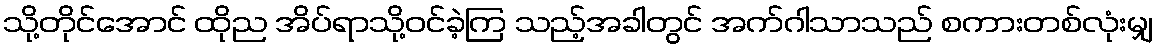
သို့တိုင်အောင် ထိုည အိပ်ရာသို့ဝင်ခဲ့ကြ သည့်အခါတွင် အက်ဂါသာသည် စကားတစ်လုံးမျှ